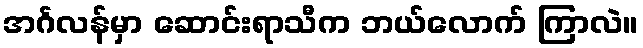
အင်္ဂလန်မှာ ဆောင်းရာသီက ဘယ်လောက် ကြာလဲ။